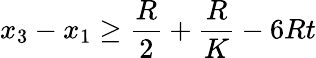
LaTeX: x_{3}-x_{1}\geq\frac{R}{2}+\frac{R}{K}-6Rt